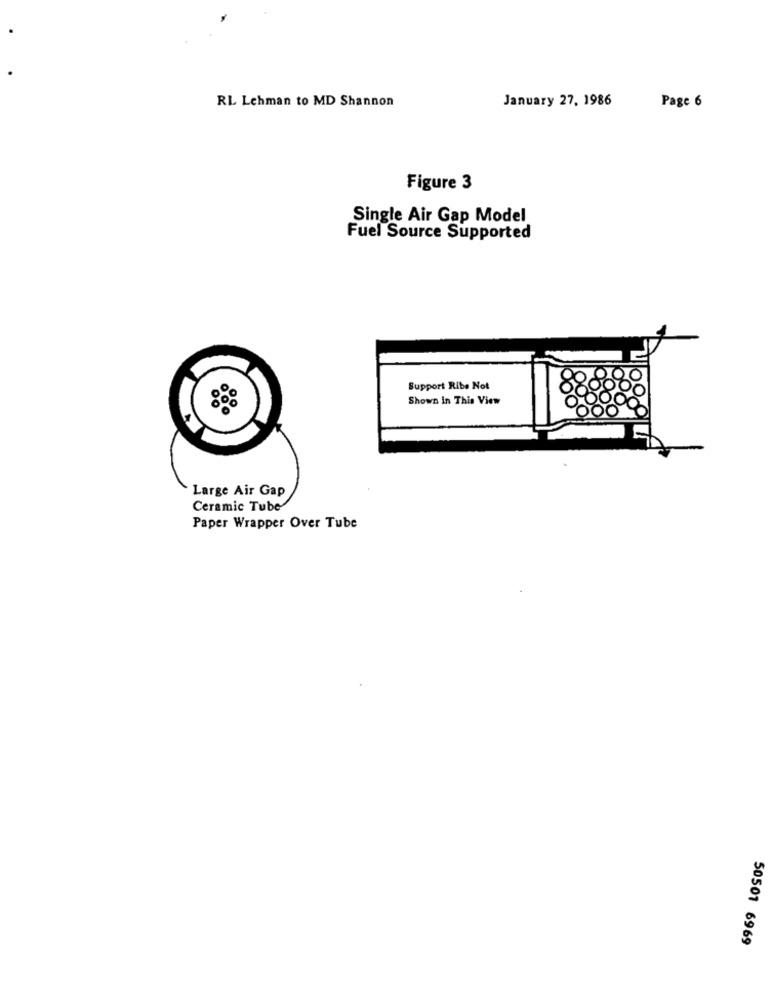
RL Lehman to MD Shannon
January 27, 1986
Page 6
Figure 3
Single Air Gap Model
Fuel Source Supported
Support Ribe Not
Shown In This View
Large Air Gap
Ceramic Tube
Paper Wrapper Over Tube
50501 6969